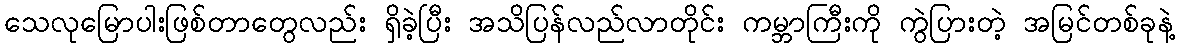
သေလုမြောပါးဖြစ်တာတွေလည်း ရှိခဲ့ပြီး အသိပြန်လည်လာတိုင်း ကမ္ဘာကြီးကို ကွဲပြားတဲ့ အမြင်တစ်ခုနဲ့